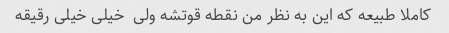
کاملا طبیعه که این به نظر من نقطه قوتشه ولی  خیلی خیلی رقیقه